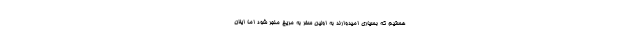
هستیم که بسیاری امیدوارند به اولین سفر به مریخ منجر شود اما ایلان